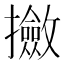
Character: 𫾛